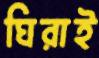
ঘিরাই